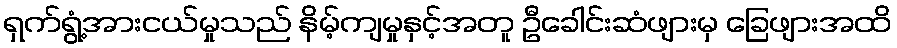
ရှက်ရွံ့အားငယ်မှုသည် နိမ့်ကျမှုနှင့်အတူ ဦခေါင်းဆံဖျားမှ ခြေဖျားအထိ